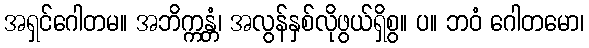
အရှင်ဂေါတမ။ အဘိက္ကန္တံ၊ အလွန်နှစ်လိုဖွယ်ရှိစွ။ ပ။ ဘဝံ ဂေါတမော၊